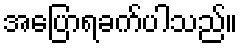
အပြောရခက်ပါသည်။